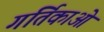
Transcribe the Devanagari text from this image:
गर्तिकाओं